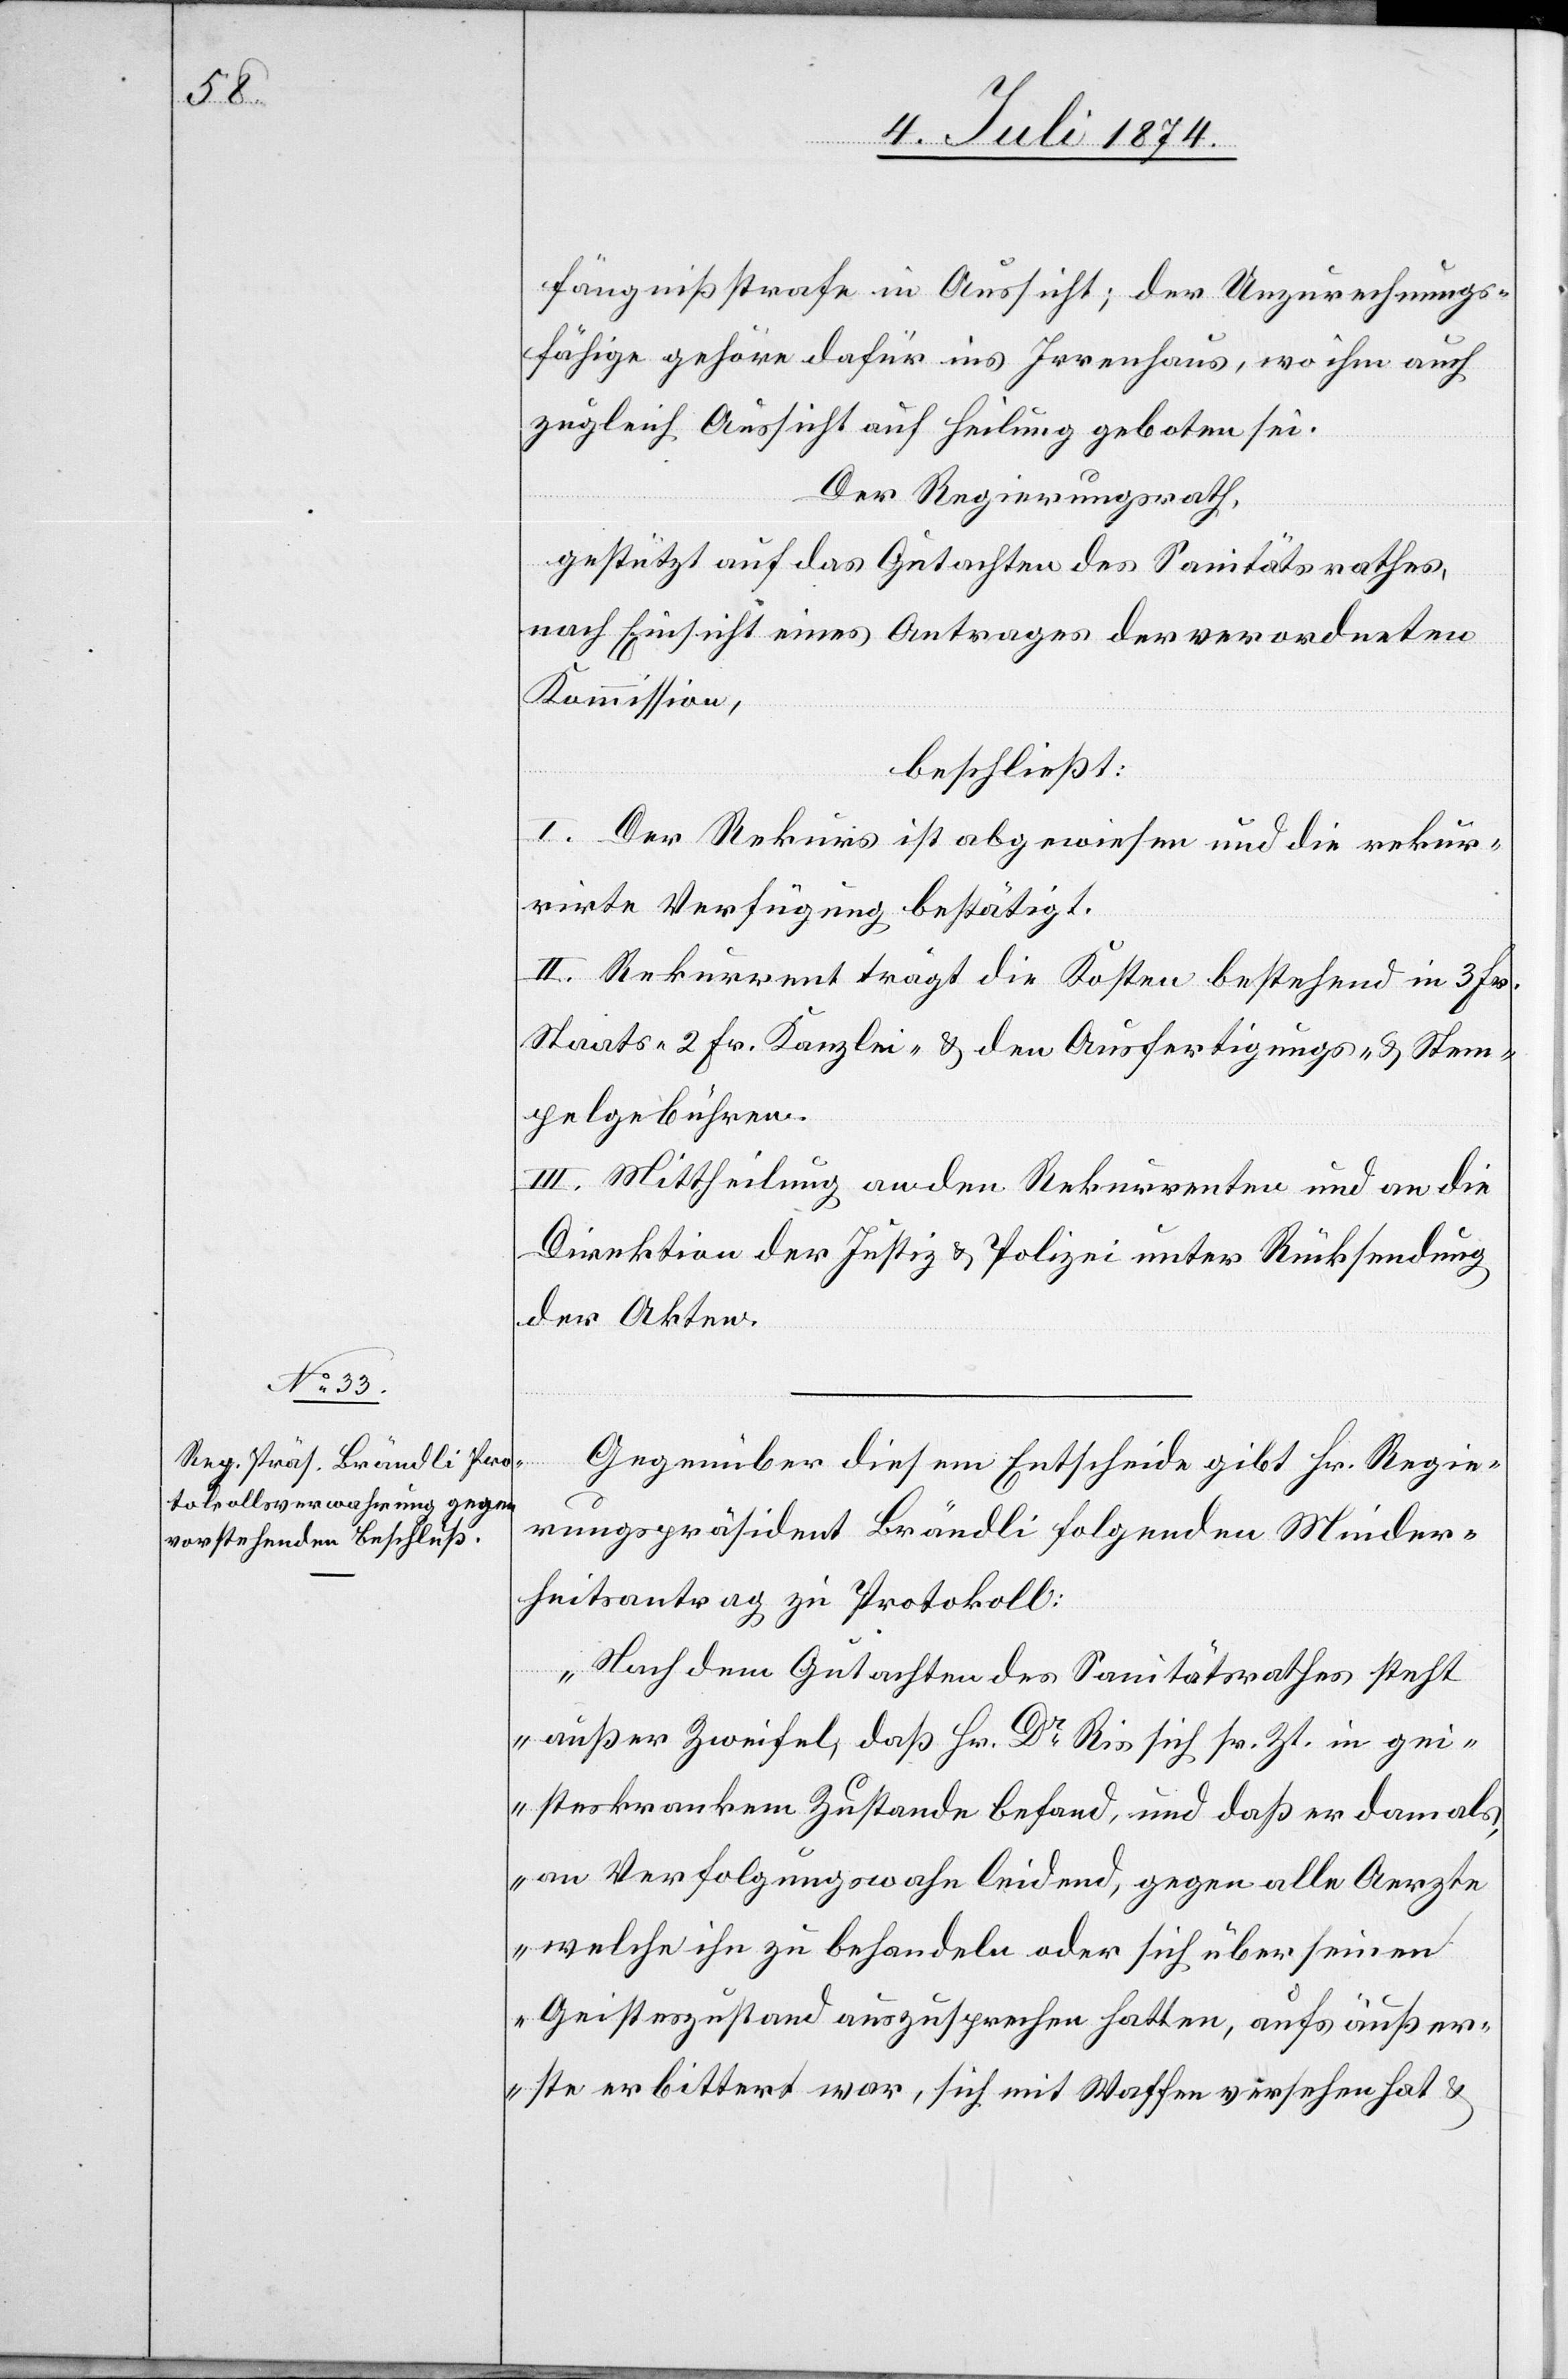
fängnißstrafe in Aussicht; der Unzurechnungs¬
fähige gehöre dafür ins Irrenhaus, wo ihm auch
zugleich Aussicht auf Heilung geboten sei.
Der Regierungsrath,
gestützt auf das Gutachten des Sanitätsrathes,
nach Einsicht eines Antrages der verordneten
Kommission,
beschließt:
I. Der Rekurs ist abgewiesen und die rekur¬
rirte Verfügung bestätigt.
II. Rekurrent trägt die Kosten bestehend in 3 Fr.
Staats-[,] 2 Fr. Kanzlei- u. den Ausfertigungs- u. Stem¬
pelgebühren.
III. Mittheilung an den Rekurrenten und an die
Direktion der Justiz u. Polizei unter Rücksendung
der Akten.
Gegenüber diesem Entscheide gibt Hr. Regie¬
rungspräsident Brändle [sic!] folgenden Minder¬
heitsantrag zu Protokoll:
„Nach dem Gutachten des Sanitätsrathes steht
außer Zweifel, daß Hr. Dr Ris sich sr. Zt. in gei¬
steskrankem Zustande befand, und daß er damals,
an Verfolgungswahn leidend, gegen alle Aerzte
welche ihn zu behandeln oder sich über seinen
Geisteszustand auszusprechen hatten, aufs äußer¬
ste erbittert war, sich mit Waffen versehen hat u.